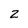
Character: 2